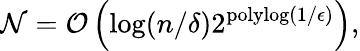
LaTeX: \mathcal{N}=\mathcal{{O}}\left(\log(n/\delta)2^{\mathrm{{polylog}}(1/\epsilon)}\right),